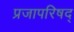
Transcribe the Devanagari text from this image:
प्रजापरिषद्